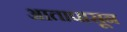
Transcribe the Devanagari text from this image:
आतापासून